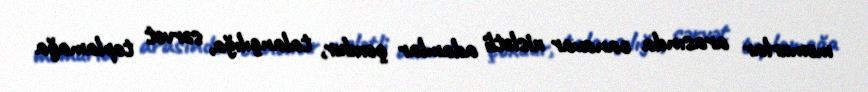
məmurlar arasında canavar xislətli adamlar çoxdur, talançılığa, sərvət toplamağa